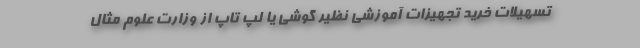
تسهیلات خرید تجهیزات آموزشی نظیر گوشی یا لپ تاپ از وزارت علوم مثال